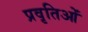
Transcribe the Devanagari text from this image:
प्रवृतिओं